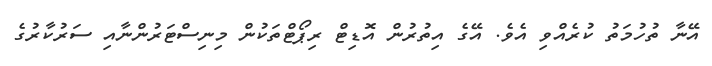
އޭނާ ތުހުމަތު ކުރެއްވި އެވެ. އޭގެ އިތުރުން އޮޑިޓް ރިޕޯޓްތަކުން މިނިސްޓަރުންނާއި ސަރުކާރުގެ